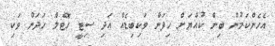
އެހެންކަމުން ބިން ކުއްޔަށް ހިފަން ވަކިބިޑެއް އަދި ސިޓީ ހޮޓެލް ހަދަން ވަކި